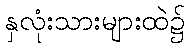
နှလုံးသားများထဲ၌